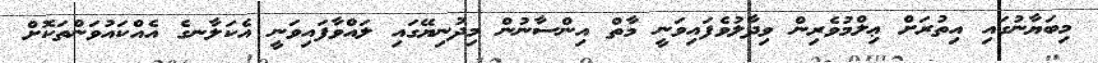
މިބަޔާނުގައި އިތުރަށް ޢިލްމުވެރިން ވިދާލުވެފައިވަނީ މާތް އިންސާނުން މިދުނިޔޭގައި ލައްވާފައިވަނީ އެކަލާނގެ އެއްކައުވަންތަކޮށް